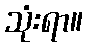
သုံးရာ။